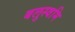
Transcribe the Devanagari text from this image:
बलुस्वमि